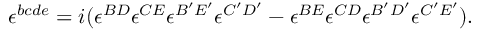
\epsilon ^ { b c d e } = i ( \epsilon ^ { B D } \epsilon ^ { C E } \epsilon ^ { B ^ { \prime } E ^ { \prime } } \epsilon ^ { C ^ { \prime } D ^ { \prime } } - \epsilon ^ { B E } \epsilon ^ { C D } \epsilon ^ { B ^ { \prime } D ^ { \prime } } \epsilon ^ { C ^ { \prime } E ^ { \prime } } ) .